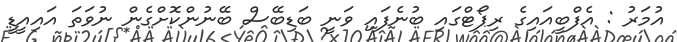
އުމަރު : އެފްބީއައިގެ ރިޕޯޓްގައި ބުނެފައި ވަނީ ބަޑިބޭސް ބޭނުންކޮށްގެން ނުވަތަ އައިއީޑީ